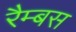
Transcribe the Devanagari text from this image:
रैम्बस